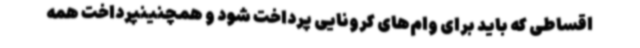
اقساطی که باید برای وام‌های کرونایی پرداخت شود و همچنینپرداخت همه